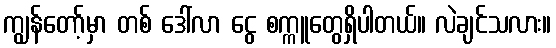
ကျွန်တော့်မှာ တစ် ဒေါ်လာ ငွေ စက္ကူတွေရှိပါတယ်။ လဲချင်သလား။